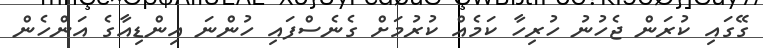
ގޭގައި ކުރަން ޖެހުނު ހުރިހާ ކަމެއް ކުރުމަށް ގެނެސްފައި ހުންނަ އިންޑިއާގެ އަންހެން